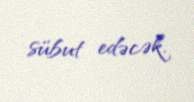
sübut edəcək.